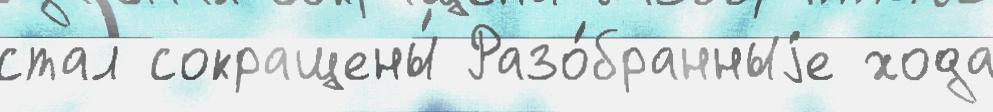
стал сокращены́ Разо́бранныjе хода